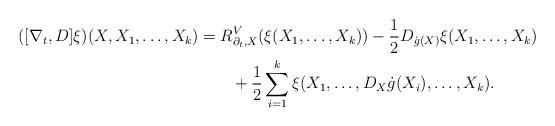
LaTeX: \begin{align*}([\nabla_t,D]\xi)(X,X_1,\ldots,X_k)&=R^V_{\partial_t,X}(\xi(X_1,\ldots,X_k))-\frac{1}{2}D_{\dot{g}(X)}\xi(X_1,\ldots,X_k)\\&\qquad+\frac{1}{2}\sum_{i=1}^k\xi(X_1,\ldots,D_X\dot{g}(X_i),\ldots,X_k).\end{align*}